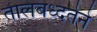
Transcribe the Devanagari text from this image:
तालबध्दतेने